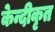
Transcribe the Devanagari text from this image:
केन्दीकृत